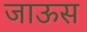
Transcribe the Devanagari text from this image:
जाऊस